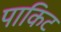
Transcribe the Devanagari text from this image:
पाकिट